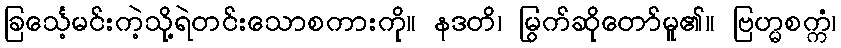
ခြင်္သေ့မင်းကဲ့သို့ရဲတင်းသောစကားကို။ နဒတိ၊ မြွက်ဆိုတော်မူ၏။ ဗြဟ္မစက္ကံ၊